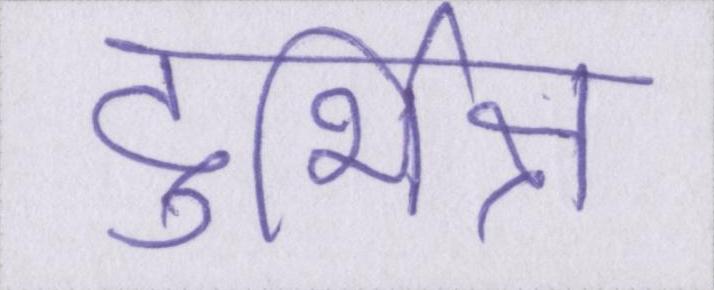
दुर्भिक्ष